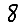
Digit: 8